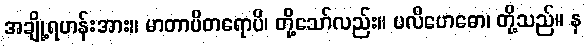
အချို့ရဟန်းအား။ မာတာပိတရောပိ၊ တို့သော်လည်း။ ပလိဗောဓော၊ တို့သည်။ န